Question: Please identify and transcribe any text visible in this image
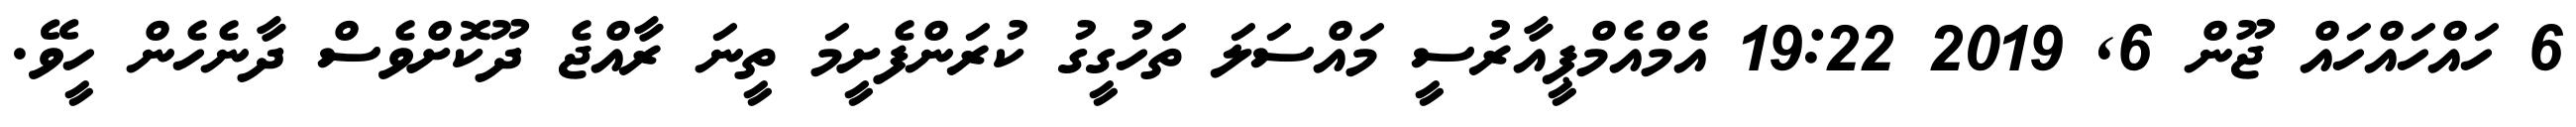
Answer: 6 ހައްހައްހައް ޖޫން 6, 2019 19:22 އެމްއެމްޕީއާރުސީ މައްސަލަ ތަހުގީގު ކުރަންފެށީމަ ތީނަ ރާއްޖެ ދޫކޮށްވެސް ދާނެހެން ހީވޭ.